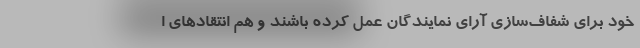
خود برای شفاف‌سازی آرای نمایندگان عمل کرده باشند و هم انتقادهای ا